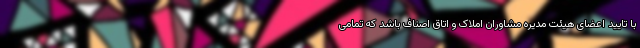
با تایید اعضای هیئت مدیره مشاوران املاک و اتاق اصناف باشد که تمامی